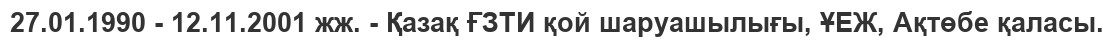
27.01.1990 - 12.11.2001 жж. - Қазақ ҒЗТИ қой шаруашылығы, ҰЕЖ, Ақтөбе қаласы.